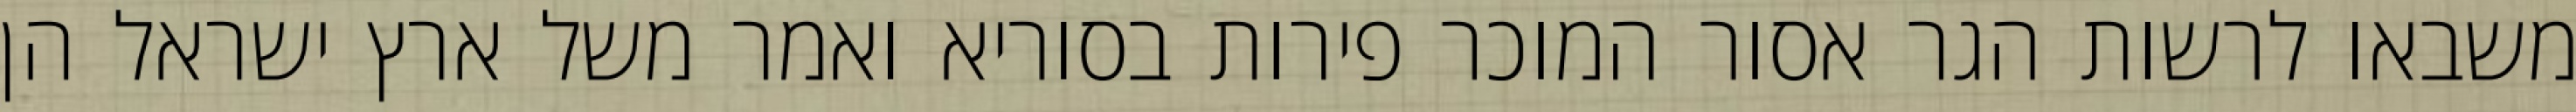
משבאו לרשות הגר אסור המוכר פירות בסוריא ואמר משל ארץ ישראל הן